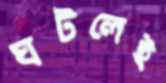
ঘটলেই